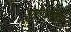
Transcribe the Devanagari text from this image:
तालेजूमंदिर